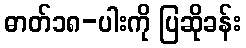
ဓာတ်၁၈-ပါးကို ပြဆိုခန်း